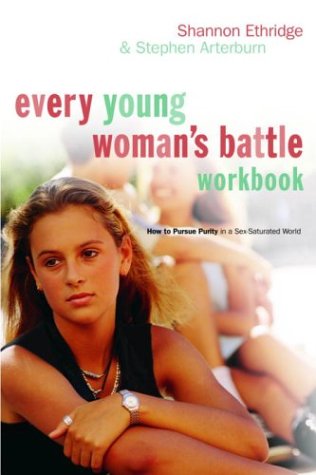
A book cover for Every Young Woman's Battle Workbook: How to Pursue Purity in a Sex-Saturated World (The Every Man Series); Shannon Ethridge; Teen & Young Adult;